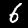
Digit: 6